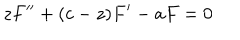
z F ^ { \prime \prime } + ( c - z ) F ^ { \prime } - a F = 0